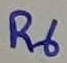
Text: R6